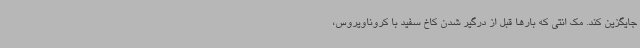
جایگزین کند. مک انتی که بارها قبل از درگیر شدن کاخ سفید با کروناویروس،